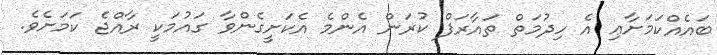
ބައެއްކަމަށާޢި އެ ހިދުމަތް ތައާރަފް ކުރަން އެންމެ އެކަށީގެންވާ ގައުމަކީ ރާއްޖެ ކަމަށެވެ.